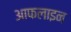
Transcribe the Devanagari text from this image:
आफलाइन